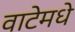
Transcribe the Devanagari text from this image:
वाटेमधे